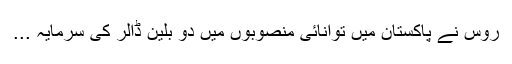
روس نے پاکستان میں توانائی منصوبوں میں دو بلین ڈالر کی سرمایہ ...